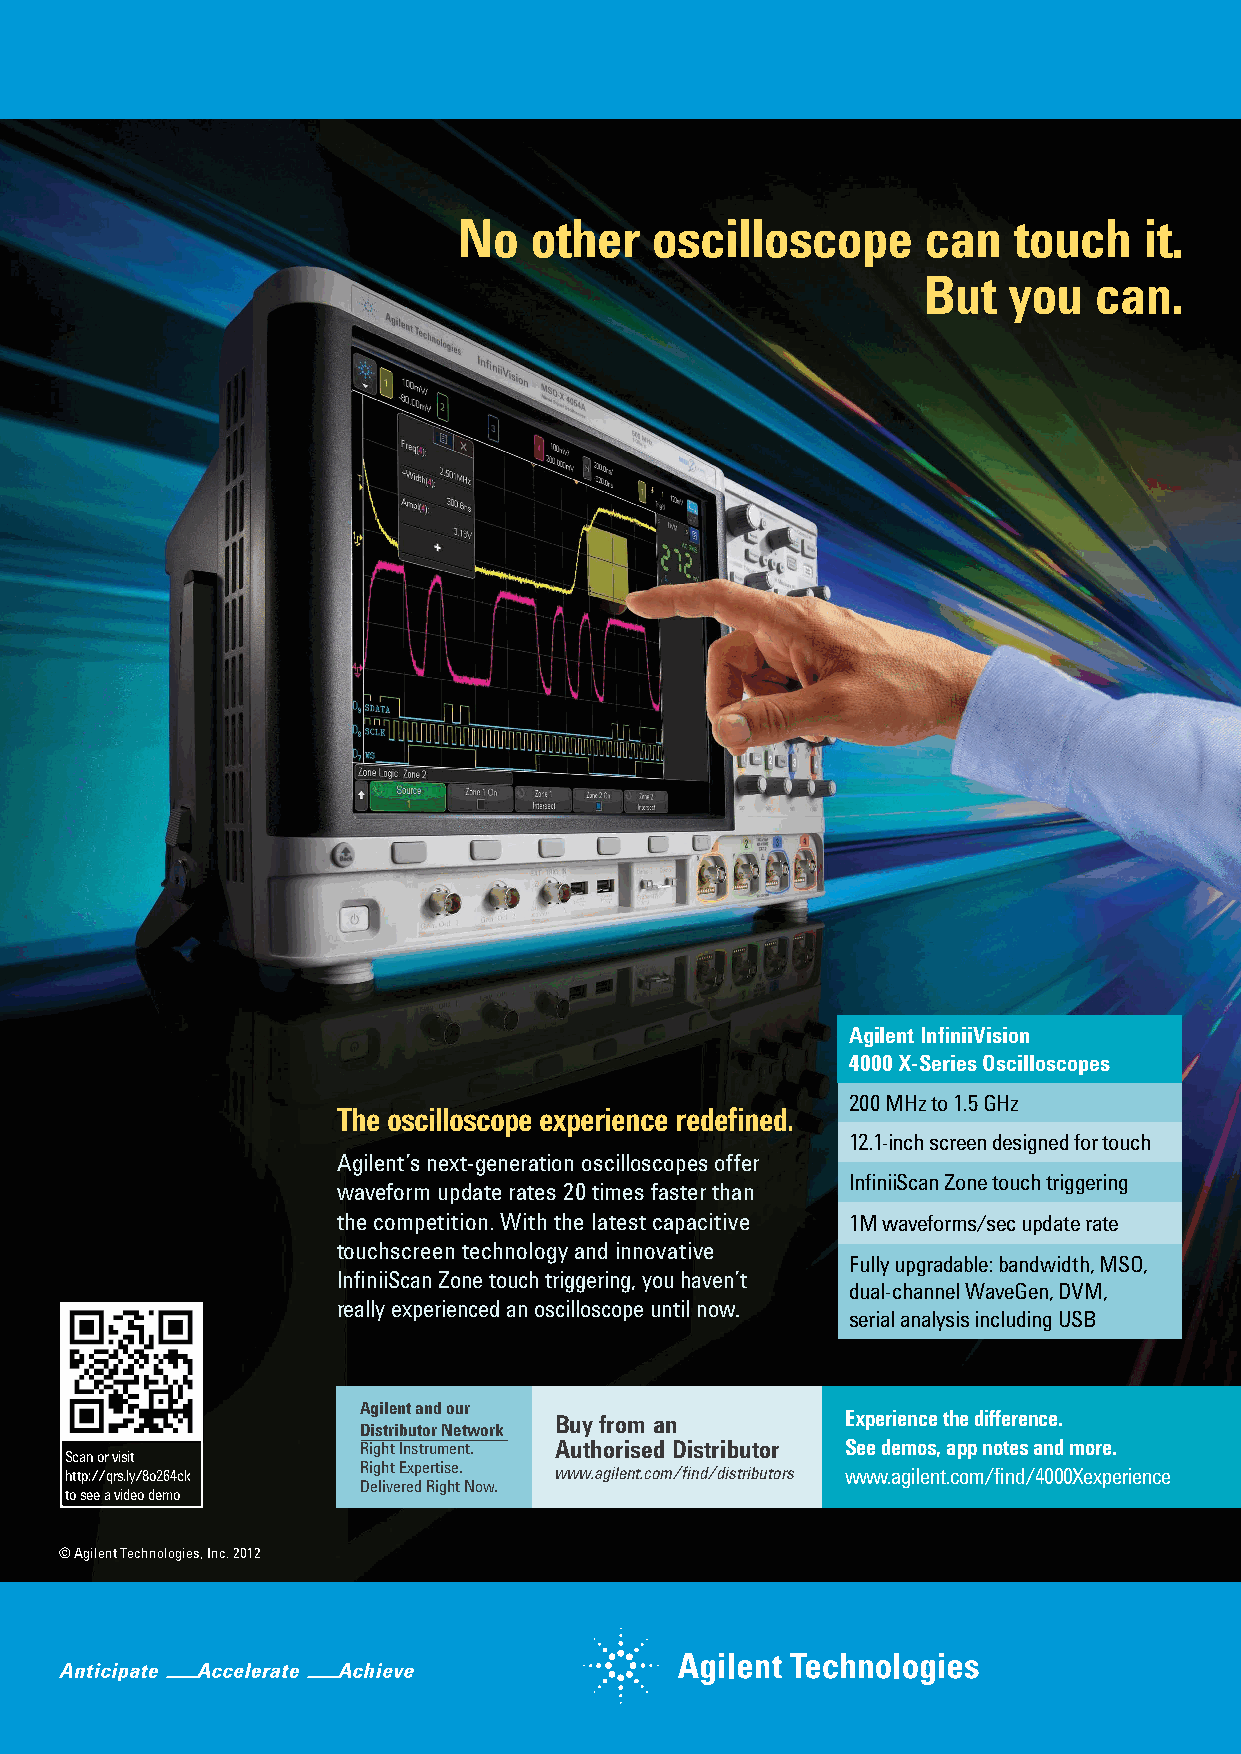
No   other   oscilloscope      can   touch    it.
 But   you  can.
 Agilent InfiniiVision
 4000 X-Series Oscilloscopes
 200 MHz to 1.5 GHz
 The oscilloscope experience redefined.
 12.1-inch screen designed for touch
 Agilent’s next-generation oscilloscopes offer
 InfiniiScan Zone touch triggering
 waveform update rates 20 times faster than
 the competition. With the latest capacitive 1M waveforms/sec update rate
 touchscreen technology and innovative
 Fully upgradable: bandwidth, MSO,
 InfiniiScan Zone touch triggering, you haven’t
 dual-channel WaveGen, DVM,
 really experienced an oscilloscope until now.
 serial analysis including USB
 Agilent and our
 Buy from an        Experience the difference.
 Distributor Network
 Right Instrument. Authorised Distributor See demos, app notes and more.
 Scan or visit
 http://qrs.ly/8o264ck Right Expertise. www.agilent.com/find/distributors www.agilent.com/find/4000Xexperience
 Delivered Right Now.
 to see a video demo
 © Agilent Technologies, Inc. 2012
 Scope4000X_PE_EETE.indd 1                                                 19/12/2012 12:02